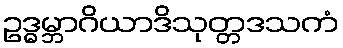
ဥဒ္ဓမ္ဘာဂိယာဒိသုတ္တဒသကံ